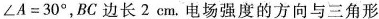
$$\angle A=30^{\circ}$$，BC边长2cm。电场强度的方向与三角形